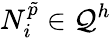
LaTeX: {N}_{i}^{\tilde{p}}\in\mathcal{Q}^{h}